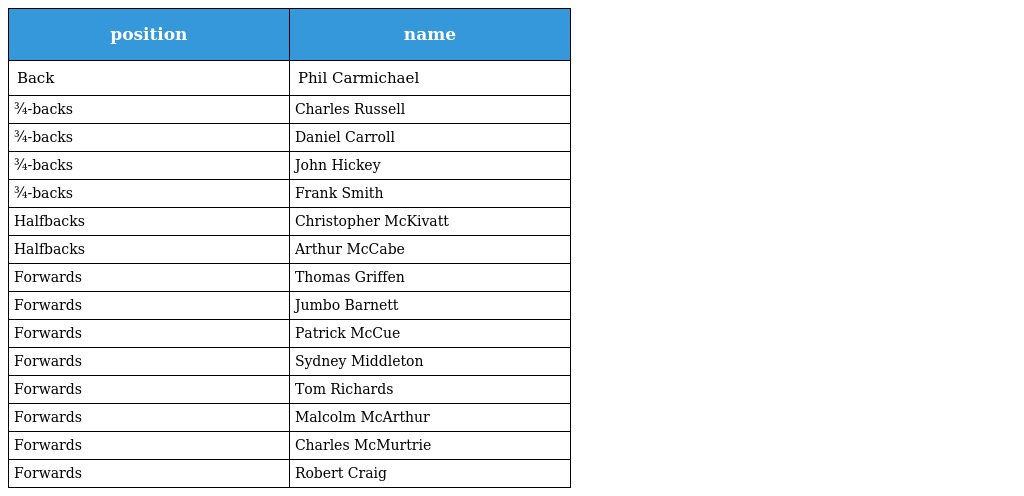
| position | name |
 | --- | --- |
 | Back | Phil Carmichael |
 | ¾-backs | Charles Russell |
 | ¾-backs | Daniel Carroll |
 | ¾-backs | John Hickey |
 | ¾-backs | Frank Smith |
 | Halfbacks | Christopher McKivatt |
 | Halfbacks | Arthur McCabe |
 | Forwards | Thomas Griffen |
 | Forwards | Jumbo Barnett |
 | Forwards | Patrick McCue |
 | Forwards | Sydney Middleton |
 | Forwards | Tom Richards |
 | Forwards | Malcolm McArthur |
 | Forwards | Charles McMurtrie |
 | Forwards | Robert Craig |